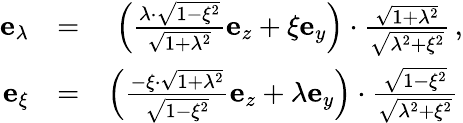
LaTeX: \begin{array}{rlr}{\mathbf{e}_{\lambda}}&{=}&{\left(\frac{\lambda\cdot\sqrt{1-\xi^{2}}}{\sqrt{1+\lambda^{2}}}\mathbf{e}_{z}+\xi\mathbf{e}_{y}\right)\cdot\frac{\sqrt{1+\lambda^{2}}}{\sqrt{\lambda^{2}+\xi^{2}}}\, ,}\\ {\mathbf{e}_{\xi}}&{=}&{\left(\frac{-\xi\cdot\sqrt{1+\lambda^{2}}}{\sqrt{1-\xi^{2}}}\mathbf{e}_{z}+\lambda\mathbf{e}_{y}\right)\cdot\frac{\sqrt{1-\xi^{2}}}{\sqrt{\lambda^{2}+\xi^{2}}}\, }\end{array}